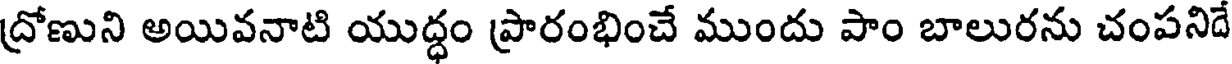
ద్రోణుని అయివనాటి యుద్ధం ప్రారంభించే ముందు పాం బాలురను చంపనిదే